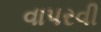
વાપરવી